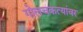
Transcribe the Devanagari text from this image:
गोलचकत्यांवर